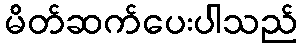
မိတ်ဆက်ပေးပါသည်